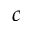
c